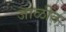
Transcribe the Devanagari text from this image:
जाळींत